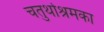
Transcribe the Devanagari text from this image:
चतुर्थाश्रमका